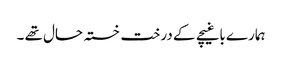
ہمارے باغیچے کے درخت خستہ حال تھے ۔